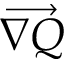
\overrightarrow { \nabla Q }